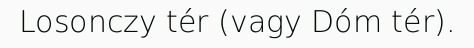
Losonczy tér (vagy Dóm tér).